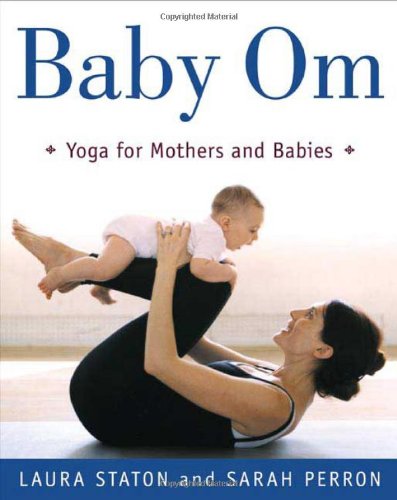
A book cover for Baby Om: Yoga for Mothers and Babies; Laura Staton; Health, Fitness & Dieting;